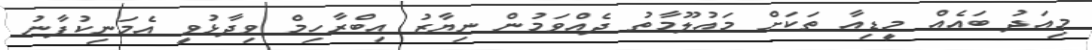
މިއަދު ބައެއް މީޑިއާ ތަކަށް މައުލޫމާތު ދެއްވަމުން ނިޔާޒު އިބްރާހިމް ވިދާޅުވީ އެމަނިކުފާނު